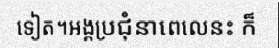
ទៀត។អង្គប្រជុំនាពេលេនះ ក៏